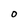
Character: O